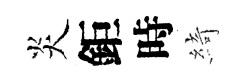
炎鉅時綺